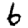
Digit: 6